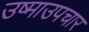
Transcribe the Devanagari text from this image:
उष्माउपचार